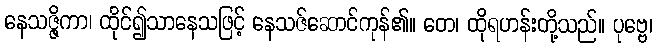
နေသဇ္ဇိကာ၊ ထိုင်၍သာနေသဖြင့် နေသဇ်ဆောင်ကုန်၏။ တေ၊ ထိုရဟန်းတို့သည်။ ပုဗ္ဗေ၊